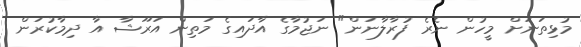
މުޅިތަނަށް މީހުން ނެރެ ފުރާލާނަން" ނަޖުމާގެ އާދައިގެ މަތިން އަރޫޝާ އާ ދިމާކުރަން